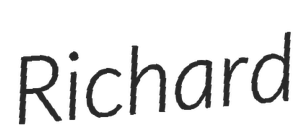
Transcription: Richard